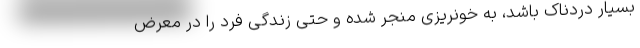
بسیار دردناک باشد، به خونریزی منجر شده و حتی زندگی فرد را در معرض